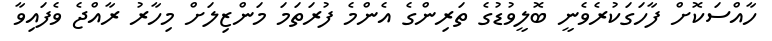
ހާއްސަކޮށް ފާހަގަކުރެވެނީ ބޮލީވުޑުގެ ތަރިންގެ އެންމެ ފުރަތަމަ މަންޒިލަށް މިހާރު ރާއްޖެ ވެފައިވާ